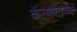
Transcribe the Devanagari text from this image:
केन्याटाच्या